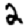
Digit: 2